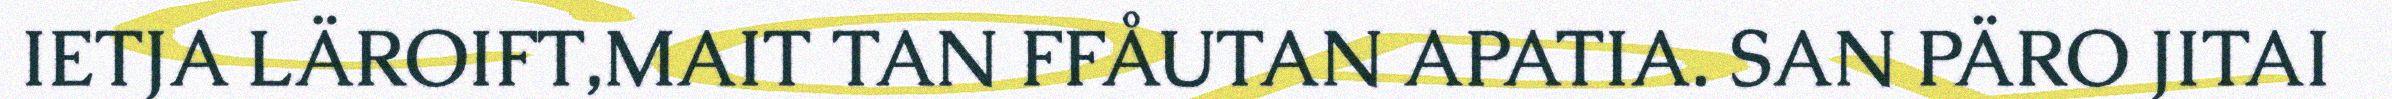
IETJA LÄROIFT,MAIT TAN FFÅUTAN APATIA. SAN PÄRO JITAI